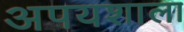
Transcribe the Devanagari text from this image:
अपयशाला